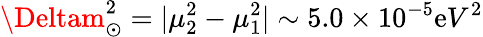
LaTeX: \Deltam_{\odot}^{2}=|\mu_{2}^{2}-\mu_{1}^{2}|\sim5.0\times10^{-5}\mathrm{e}V^{2}